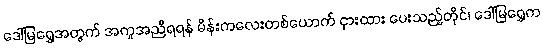
ဒေါ်မြရွှေအတွက် အကူအညီရရန် မိန်းကလေးတစ်ယောက် ငှားထား ပေးသည့်တိုင်၊ ဒေါ်မြရွှေက